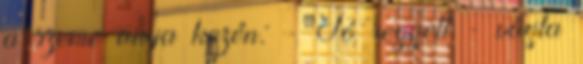
a szeme anya kezén: - Jó reggelt - vágta